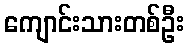
ကျောင်းသားတစ်ဦး